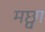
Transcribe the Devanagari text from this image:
मछ्वा